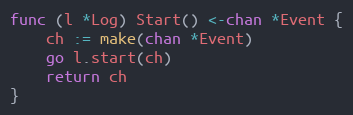
Language: Go
func (l *Log) Start() <-chan *Event {
	ch := make(chan *Event)
	go l.start(ch)
	return ch
}